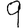
Digit: 9